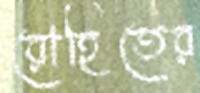
রোহিতের